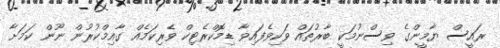
ރައީސް ޔާމީންގެ ވިސްނުމަކީ ބާރުތައް ވަކިވެފައިވާ ޑިމޮކްރެޓިކް ވެރިކަމެއް ގާއިމްކުރުން ނޫން ކަމަށާ